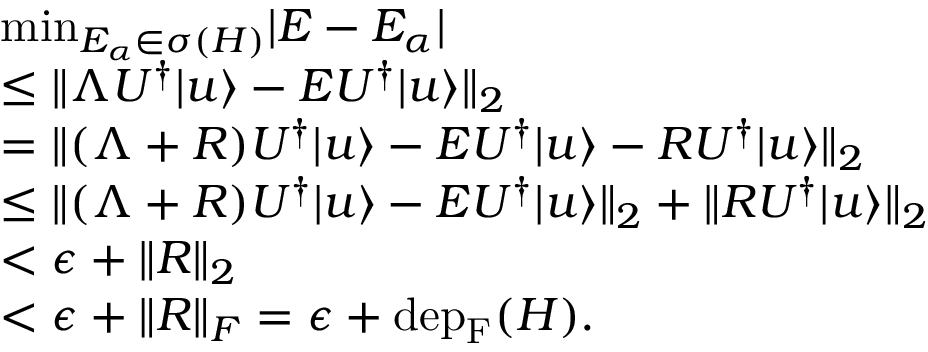
\begin{array} { r l } & { \mathrm { m i n } _ { E _ { \alpha } \in \sigma ( H ) } | E - E _ { \alpha } | } \\ & { \le \| \Lambda U ^ { \dagger } | u \rangle - E U ^ { \dagger } | u \rangle \| _ { 2 } } \\ & { = \| ( \Lambda + R ) U ^ { \dagger } | u \rangle - E U ^ { \dagger } | u \rangle - R U ^ { \dagger } | u \rangle \| _ { 2 } } \\ & { \le \| ( \Lambda + R ) U ^ { \dagger } | u \rangle - E U ^ { \dagger } | u \rangle \| _ { 2 } + \| R U ^ { \dagger } | u \rangle \| _ { 2 } } \\ & { < \epsilon + \| R \| _ { 2 } } \\ & { < \epsilon + \| R \| _ { F } = \epsilon + \mathrm { d e p } _ { \mathrm { F } } ( H ) . } \end{array}